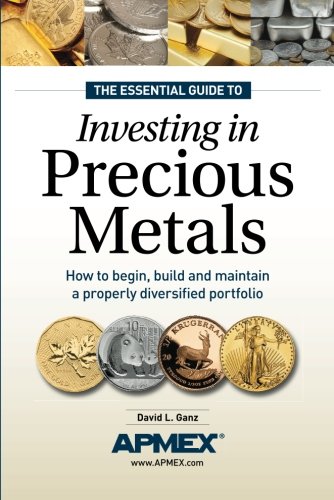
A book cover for The Essential Guide to Investing in Precious Metals: How to begin, build and maintain a properly diversified portfolio; David L. Ganz; Crafts, Hobbies & Home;